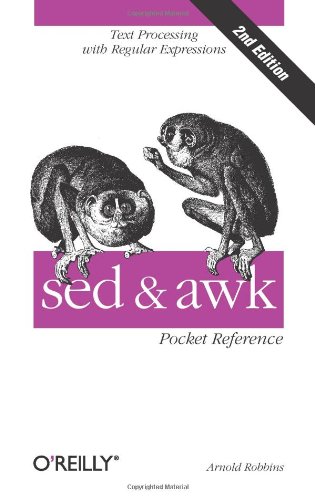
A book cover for Sed and Awk: Pocket Reference, 2nd Edition; Arnold Robbins; Computers & Technology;